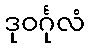
ဒုဝင်္ဂုလံ